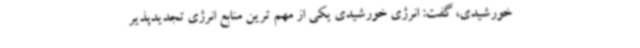
خورشیدی، گفت: انرژی خورشیدی یکی از مهم ترین منابع انرژی تجدیدپذیر